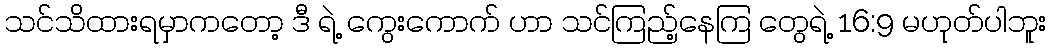
သင်သိထားရမှာကတော့ ဒီ ရဲ့ ကွေးကောက် ဟာ သင်ကြည့်နေကြ တွေရဲ့ 16:9 မဟုတ်ပါဘူး